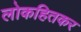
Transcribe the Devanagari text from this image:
लोकहितकर